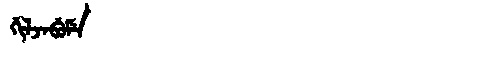
Manchu: ᡤᡳᠯᠵᠠᠪᡠᠮᡝ
Romanization: GILJABUME